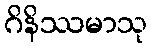
ဂိနိဿမာသု